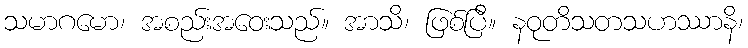
သမာဂမော၊ အစည်းအဝေးသည်။ အာသိ၊ ဖြစ်ပြီ။ နဝုတိသတသဟဿာနိ၊